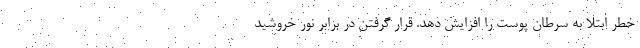
خطر ابتلا به سرطان پوست را افزایش دهد. قرار گرفتن در برابر نور خروشید